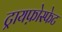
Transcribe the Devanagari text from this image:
ट्रायफ़ोस्फेट